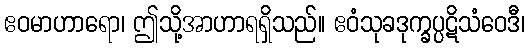
ဧဝမာဟာရော၊ ဤသို့အာဟာရရှိသည်။ ဧဝံသုခဒုက္ခပ္ပဋိသံဝေဒီ၊